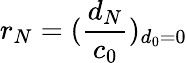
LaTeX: r_{N}=(\frac{d_{N}}{c_{0}})_{d_{0}=0}